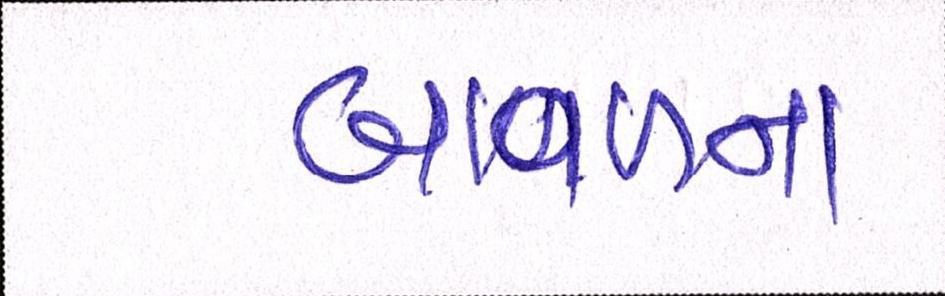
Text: બાવળના